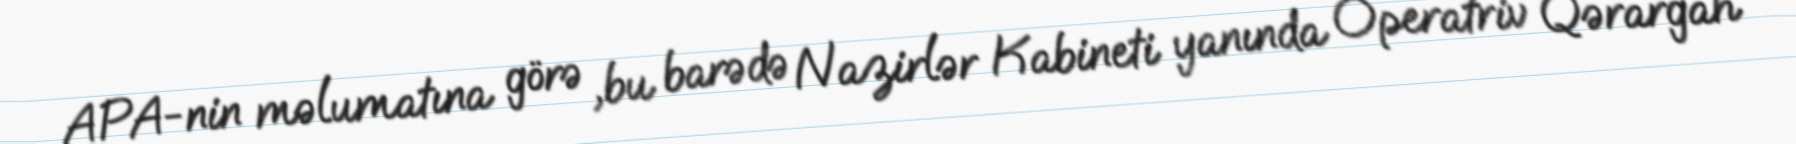
APA-nin məlumatına görə ,bu barədə Nazirlər Kabineti yanında Operatriv Qərargah